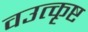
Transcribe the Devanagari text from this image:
वउत्कृष्ट